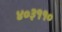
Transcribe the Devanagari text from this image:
४०३११०